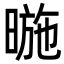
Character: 暆